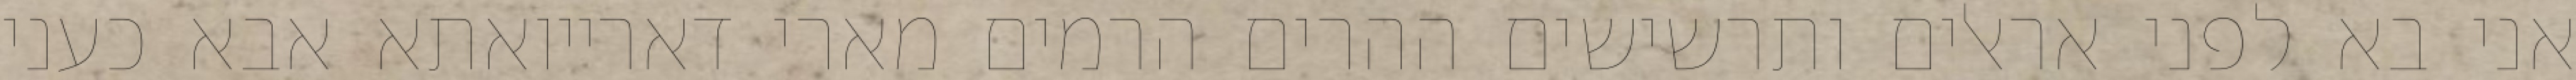
אני בא לפני אראלים ותרשישים ההרים הרמים מארי דארייואתא אבא כעני